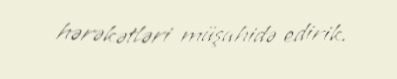
hərəkətləri müşahidə edirik.